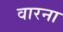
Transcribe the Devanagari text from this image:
वारना